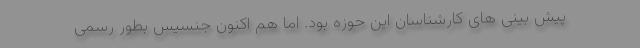
پیش بینی های کارشناسان این حوزه بود. اما هم اکنون جنسیس بطور رسمی